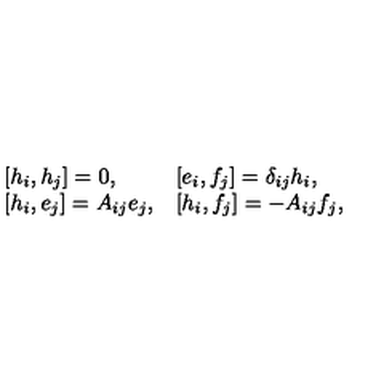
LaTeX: \begin{array} { l l } { [ h _ { i } , h _ { j } ] = 0 , } & { [ e _ { i } , f _ { j } ] = \delta _ { i j } h _ { i } , } \\ { \mathrm { [ } h _ { i } , e _ { j } \mathrm { ] } = A _ { i j } e _ { j } , } & { \mathrm { [ } h _ { i } , f _ { j } \mathrm { ] } = - A _ { i j } f _ { j } , } \\ \end{array}